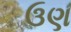
ઉણ